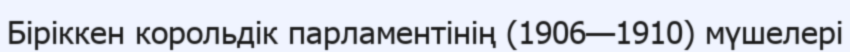
Біріккен корольдік парламентінің (1906—1910) мүшелері